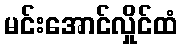
မင်းအောင်လှိုင်ထံ